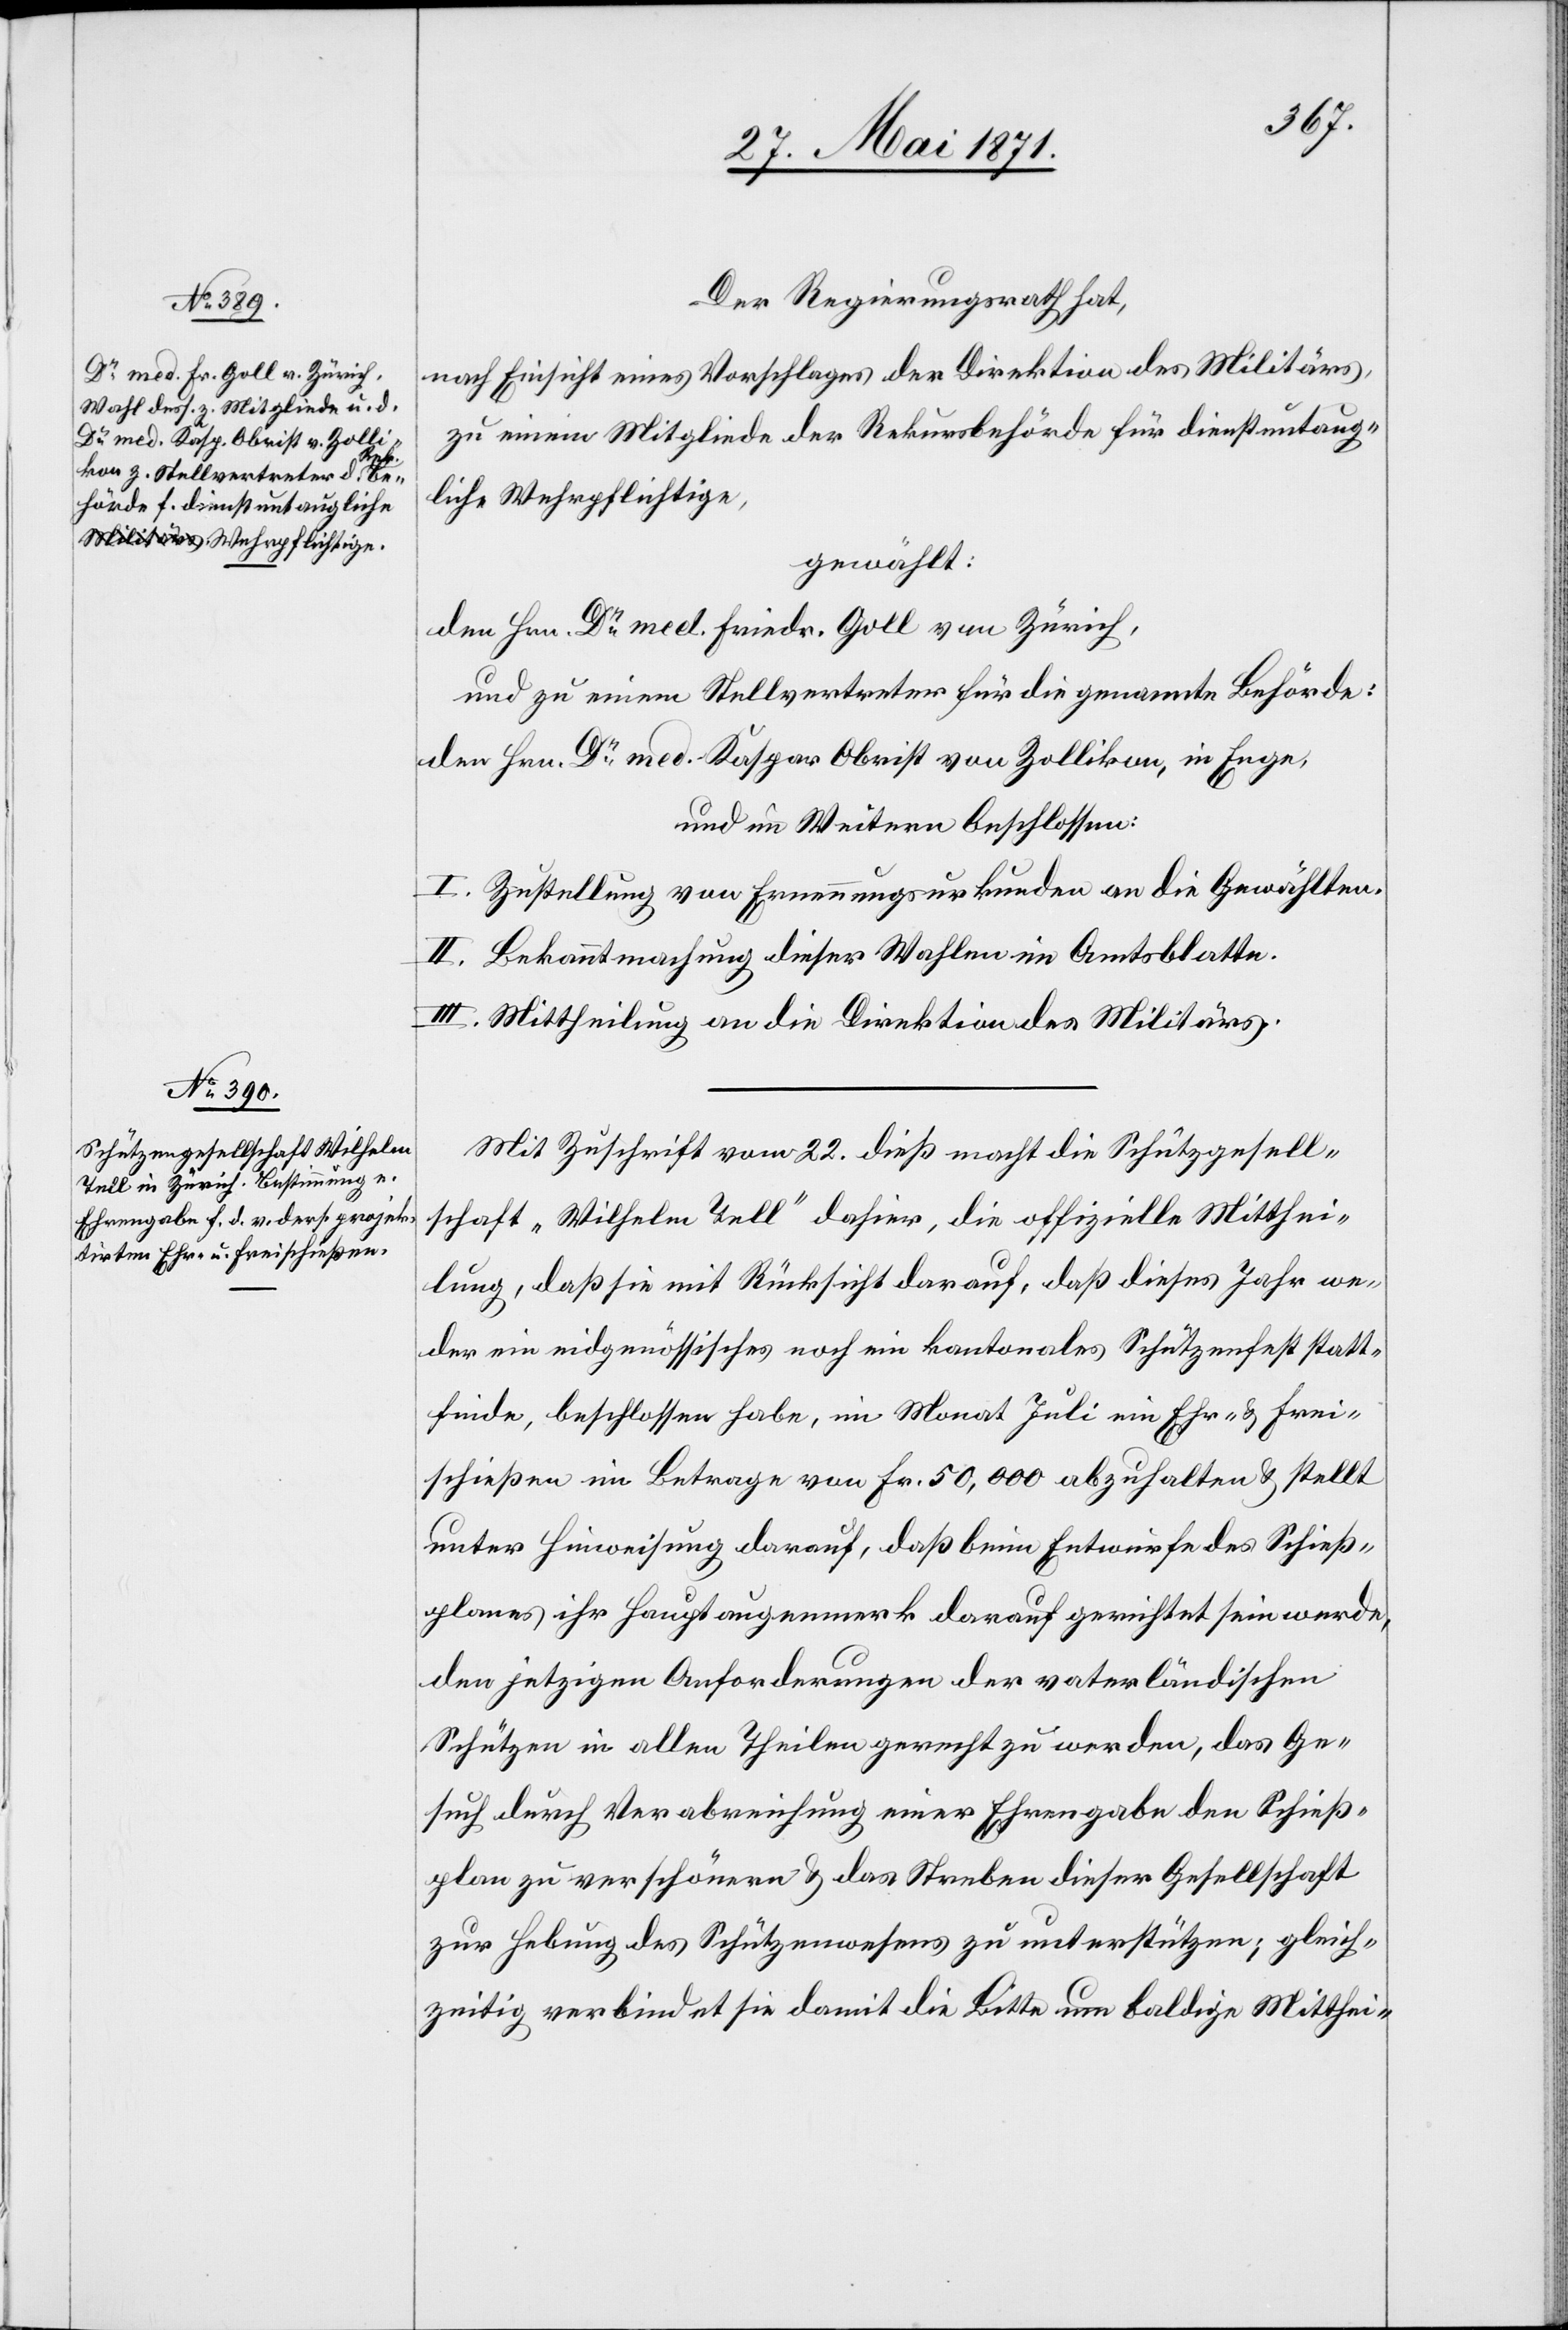
Der Regierungsrath hat,
nach Einsicht eines Vorschlages der Direktion des Militärs,
zu einem Mitgliede der Rekursbehörde für dienstuntaug¬
liche Wehrpflichtige,
gewählt:
den Hrn. Dr. med. Friedr. Goll von Zürich,
und zu einem Stellvertreter für die genannte Behörde:
den Hrn. Dr. med. Kaspar Obrist von Zollikon, in Enge,
und im Weiteren beschlossen:
I. Zustellung von Erneuerungsurkunden an die Gewählten.
II. Bekanntmachung dieser Wahlen im Amtsblatte.
III. Mittheilung an die Direktion des Militärs.
Mit Zuschrift vom 22. dieß macht die Schützgesell¬
schaft „Wilhelm Tell“ dahier, die offizielle Mitthei¬
lung, daß sie mit Rücksicht darauf, daß dieses Jahr we¬
der ein eidgenössisches noch ein kantonales Schützenfest statt¬
finde, beschlossen habe, im Monat Juli ein Ehr- u. Frei¬
schießen im Betrage von Fr. 50,000 abzuhalten u. stellt
unter Hinweisung darauf, daß beim Entwurfe des Schieß¬
planes ihr Hauptaugenmerk darauf gerichtet sein werde,
den jetzigen Anforderungen der vaterländischen
Schützen in allen Theilen gerecht zu werden, das Ge¬
such durch Verabreichung einer Ehrengabe den Schieß¬
plan zu verschönern u. das Streben dieser Gesellschaft
zur Hebung des Schützenwesens zu unterstützen; gleich¬
zeitig verbindet sie damit die Bitte um baldige Mitthei-